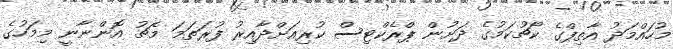
މުހައްމަދު އާތިފްގެ ކޯޗުކަމުގެ ދަށުން ޕްރެކްޓިސް ކުރިއަށްދާއިރު ފުރަތަމަ މެޗު އޮންނާނީ މިމަހުގެ